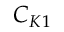
C _ { K 1 }